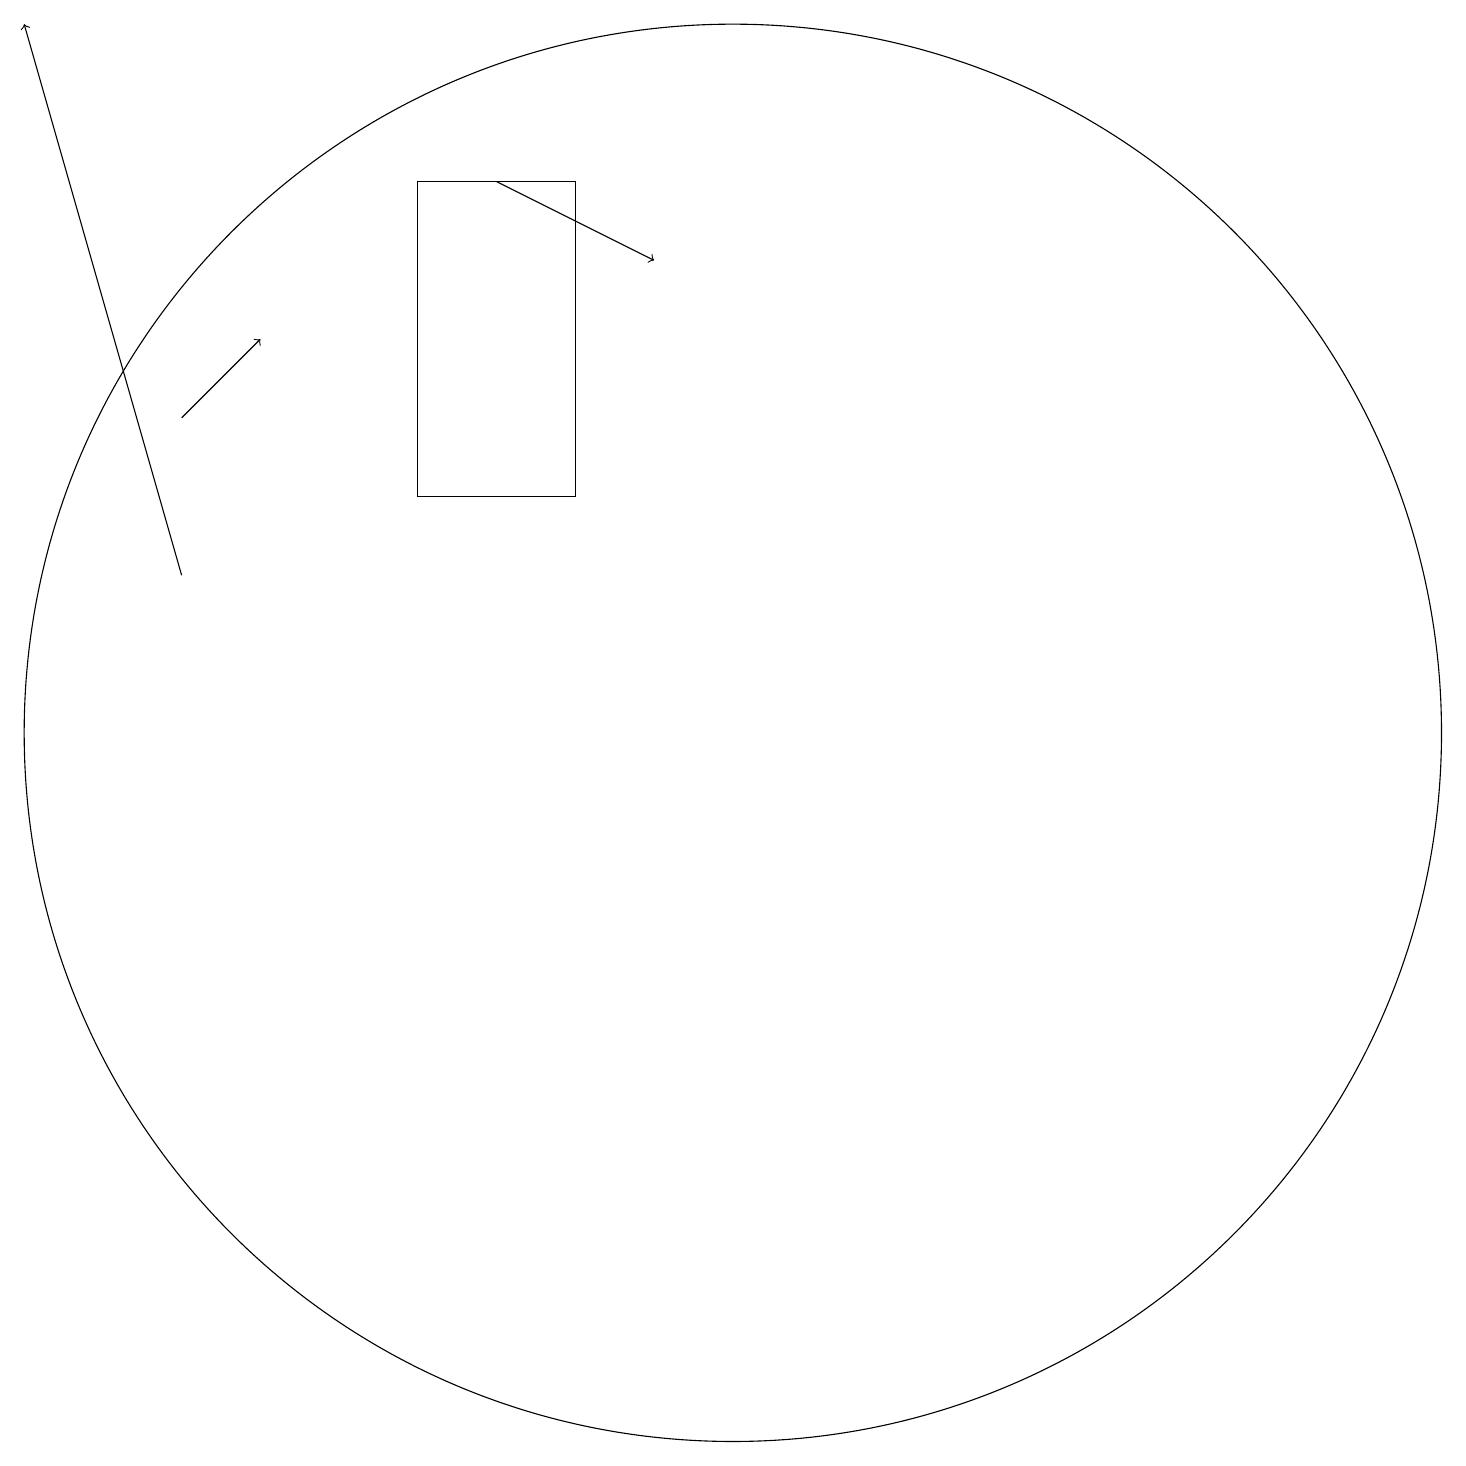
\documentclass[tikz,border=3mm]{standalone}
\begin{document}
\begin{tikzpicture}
\draw (6,17) rectangle (8,13);
\draw (10,10) circle (9);
\draw[->] (3,14) -- (4,15);
\draw[->] (7,17) -- (9,16);
\draw[->] (3,12) -- (1,19);
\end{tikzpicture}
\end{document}